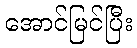
အောင်မြင်ပြီး